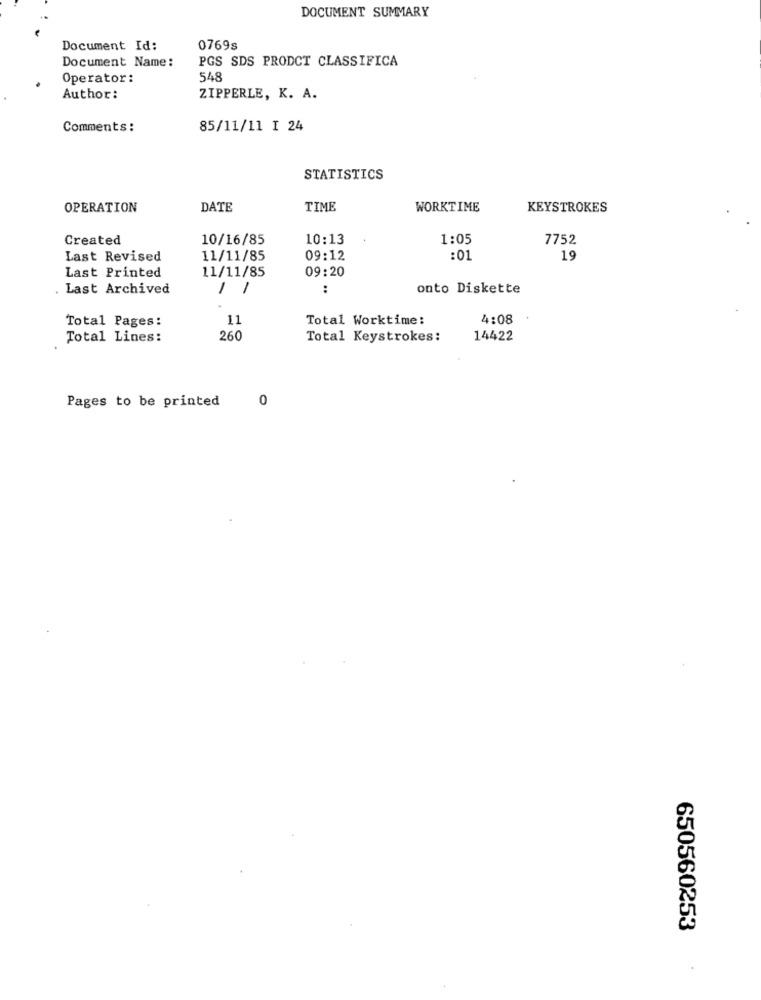
DOCUMENT SUMMARY
Document Id:
0769s
Document Name:
PGS SDS PRODCT CLASSIFICA
Operator:
548
Author:
ZIPPERLE, K. A.
Comments :
85/11/11 I 24
STATISTICS
OPERATION
DATE
TIME
WORKTIME
KEYSTROKES
Created
10/16/85
10:13
1:05
7752
Last Revised
11/11/85
09:12
:01
19
Last Printed
11/11/85
09:20
Last Archived
/ /
:
onto Diskette
Total Pages:
11
Total Worktime:
4:08
Total Lines:
260
Total Keystrokes:
14422
Pages to be printed
0
650560253